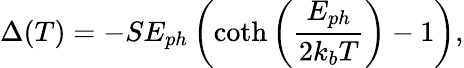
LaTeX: \Delta(T)=-SE_{ph}\left(\mathrm{coth}\left(\frac{E_{ph}}{2k_{b}T}\right)-1\right),